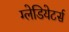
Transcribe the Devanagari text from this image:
ग्लेडियेटर्स